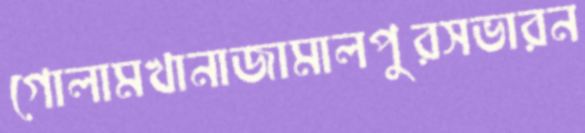
গোলামখানাজামালপুরসভারন